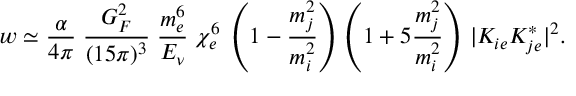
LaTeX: w \simeq { \frac { \alpha } { 4 \pi } } \; { \frac { G _ { F } ^ { 2 } } { ( 1 5 \pi ) ^ { 3 } } } \; \frac { m _ { e } ^ { 6 } } { E _ { \nu } } \; \chi _ { e } ^ { 6 } \; \left( 1 - { \frac { m _ { j } ^ { 2 } } { m _ { i } ^ { 2 } } } \right) \, \left( 1 + 5 { \frac { m _ { j } ^ { 2 } } { m _ { i } ^ { 2 } } } \right) \, | K _ { i e } K _ { j e } ^ { * } | ^ { 2 } .